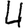
Digit: 4